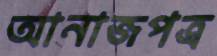
আনাজপত্র